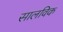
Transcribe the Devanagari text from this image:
सालविक